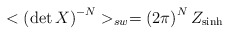
\begin{align*}<\left( \det X\right) ^{-N}>_{sw}=\left( 2\pi \right) ^{N}Z_{\sinh }\end{align*}